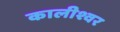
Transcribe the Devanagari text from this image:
कालीश्वर